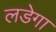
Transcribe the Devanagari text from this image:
लडेगा